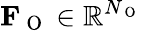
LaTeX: \mathbf{F}_{\mathrm{~O~}}\in\mathbb{R}^{N_{\mathrm{~O~}}}